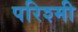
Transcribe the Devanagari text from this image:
परिश्मी